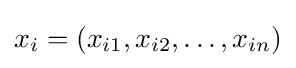
x_{i}=(x_{i1},x_{i2},\ldots ,x_{in})